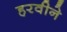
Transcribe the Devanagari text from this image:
हरवीने